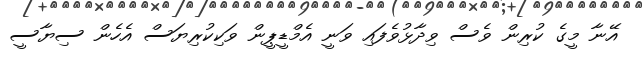
އޭނާ މީގެ ކުރިން ވެސް ވިދާޅުވެފައި ވަނީ އެމްޑީޕީން ވަކިކުރިޔަސް އެހެން ސިޔާސީ